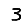
Digit: 3